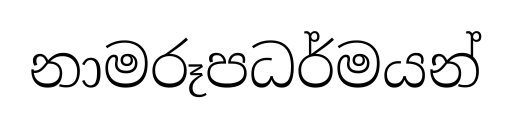
නාමරූපධර්මයන්